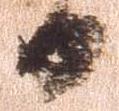
日